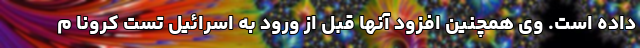
داده است. وی همچنین افزود آنها قبل از ورود به اسرائیل تست کرونا م